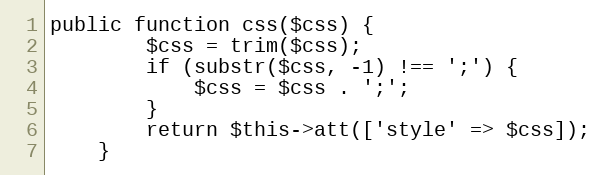
Language: PHP
public function css($css) {
        $css = trim($css);
        if (substr($css, -1) !== ';') {
            $css = $css . ';';
        }
        return $this->att(['style' => $css]);
    }